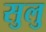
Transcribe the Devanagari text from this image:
सुलु